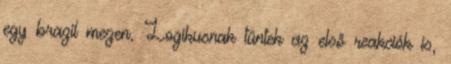
egy brazil mezen. Logikusnak tűntek az első reakciók is,